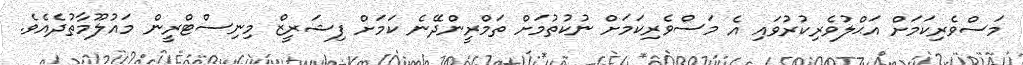
މަސްވެރިކަމަށް އަޙްލުވެރިކުރުވައި އެ މަސްވެރިކަމަށް ނުކުތުމަށް ތަމްރީންދޭނެ ކަމަށް ފިޝަރީޒް މިނިސްޓްރީން މައުލޫމާތުދެއެވެ.